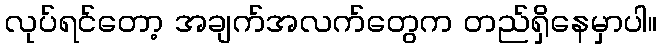
လုပ်ရင်တော့ အချက်အလက်တွေက တည်ရှိနေမှာပါ။